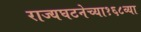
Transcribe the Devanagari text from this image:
राज्यघटनेच्या१६८व्या